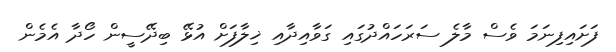
ފަށައިފިނަމަ ވެސް މާލެ ސަރަަހައްދުގައި ގަވާއިދާއި ޚިލާފަށް އުޅޭ ބިދޭސީން ހޯދާ އެމެން